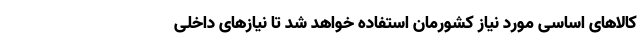
کالاهای اساسی مورد نیاز کشورمان استفاده خواهد شد تا نیازهای داخلی